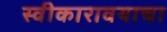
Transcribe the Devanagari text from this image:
स्वीकारावयाचा